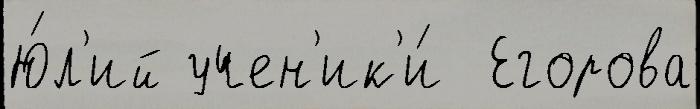
Ю́л'ий учен'ик'и́  Егорова